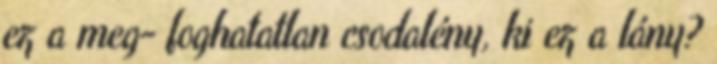
ez a meg- foghatatlan csodalény, ki ez a lány?